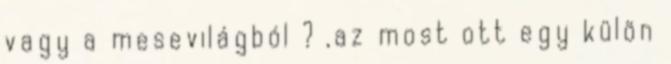
vagy a mesevilágból ? ,az most ott egy külön